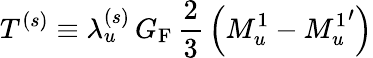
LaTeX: T^{(s)}\equiv\lambda_{u}^{(s)}\, G_{\mathrm{F}}\, \frac{2}{3}\, \left(M_{u}^{1}-{M_{u}^{1}}^{\prime}\right)